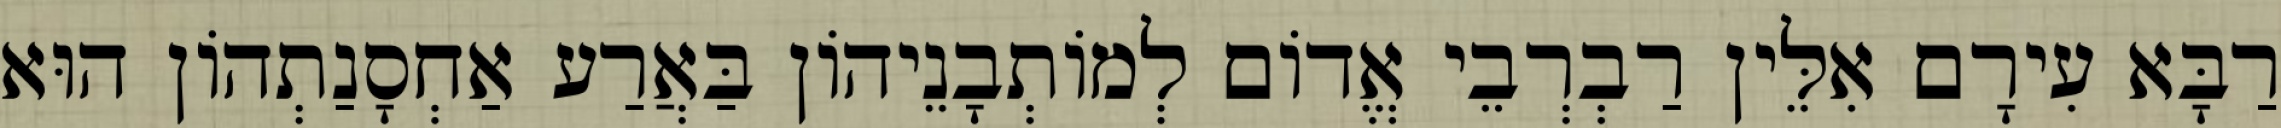
רַבָּא עִירָם אִלֵּין רַבְרְבֵי אֱדוֹם לְמוֹתְבָנֵיהוֹן בַּאֲרַע אַחְסָנַתְהוֹן הוּא